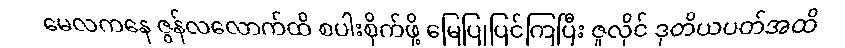
မေလကနေ ဇွန်လလောက်ထိ စပါးစိုက်ဖို့ မြေပြုပြင်ကြပြီး ဇူလိုင် ဒုတိယပတ်အထိ